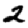
Digit: 2